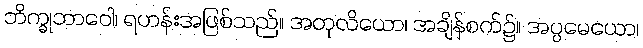
ဘိက္ခုဘာဝေါ၊ ရဟန်းအဖြစ်သည်။ အတုလိယော၊ အချိန်စက်၌။ အပ္ပမေယော၊